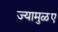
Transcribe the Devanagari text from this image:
ज्यामुळए